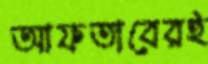
আফতাবেরই